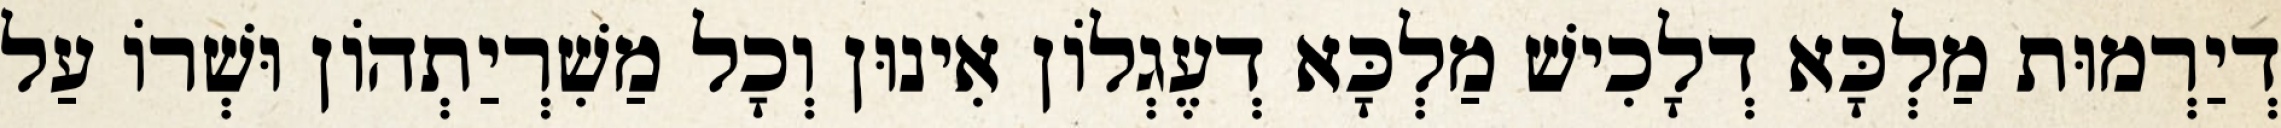
דְיַרְמוּת מַלְכָּא דְלָכִישׁ מַלְכָּא דְעֶגְלוֹן אִינוּן וְכָל מַשִׁרְיַתְהוֹן וּשְׁרוֹ עַל